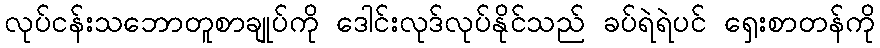
လုပ်ငန်းသဘောတူစာချုပ်ကို ဒေါင်းလုဒ်လုပ်နိုင်သည် ခပ်ရဲရဲပင် ရှေးစာတန်ကို